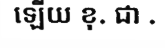
ឡើយ ខុ. ជា .